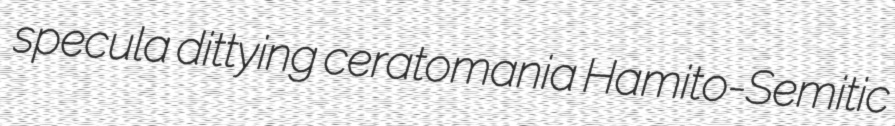
specula dittying ceratomania Hamito-Semitic